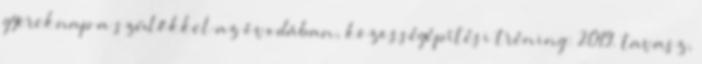
gyereknap a szülőkkel az óvodában, közösségépítési tréning: 2019. tavasz,